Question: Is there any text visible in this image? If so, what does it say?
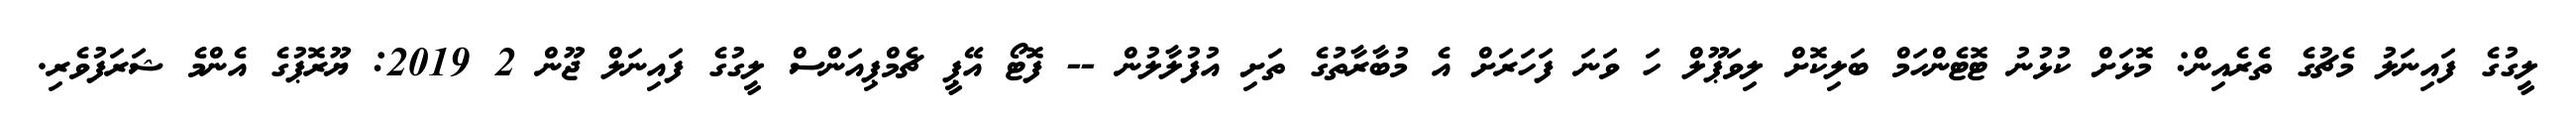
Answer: ލީގުގެ ފައިނަލު މެޗުގެ ތެރެއިން: މޮޅަށް ކުޅުނު ޓޮޓެންހަމް ބަލިކޮށް ލިވަޕޫލް ހަ ވަނަ ފަހަރަށް އެ މުބާރާތުގެ ތަށި އުފުލާލުން -- ފޮޓޯ އޭޕީ ޗެމްޕިއަންސް ލީގުގެ ފައިނަލް ޖޫން 2 2019: ޔޫރޮޕުގެ އެންމެ ޝަރަފުވެރި.